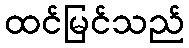
ထင်မြင်သည်